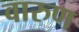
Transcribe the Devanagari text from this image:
वारुण